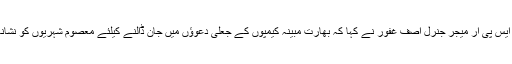
ڈی جی آئی ایس پی آر میجر جنرل آصف غفور نے کہا کہ بھارت مبینہ کیمپوں کے جعلی دعوؤں میں جان ڈالنے کیلئے معصوم شہریوں کو نشانہ بنارہا ہے۔